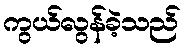
ကွယ်လွန်ခဲ့သည်